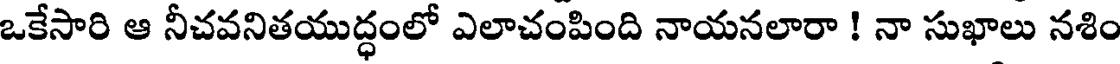
ఒకేసారి ఆ నీచవనితయుద్ధంలో ఎలాచంపింది నాయనలారా ! నా సుఖాలు నశిం